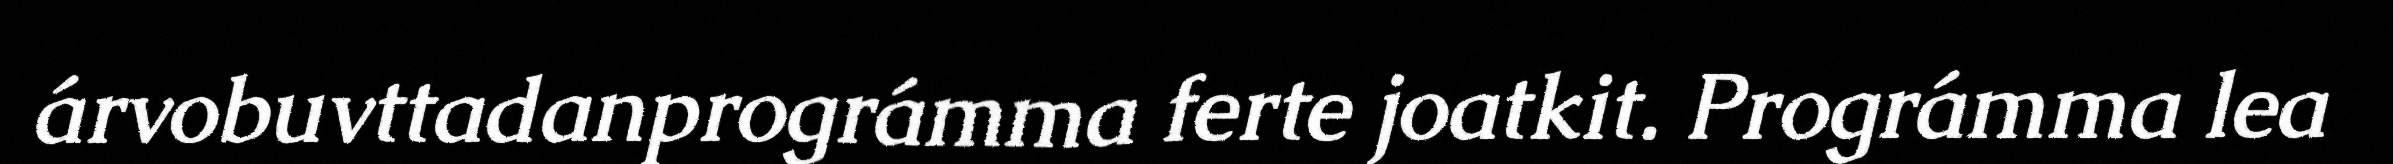
árvobuvttadanprográmma ferte joatkit. Prográmma lea